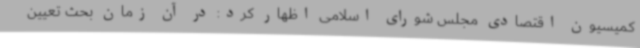
کمیسیون اقتصادی مجلس شورای اسلامی اظهار کرد: در آن زمان بحث تعیین